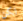
لكن